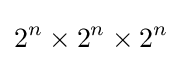
2^{n}\times 2^{n}\times 2^{n}